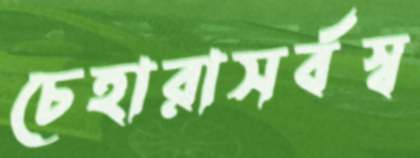
চেহারাসর্বস্ব